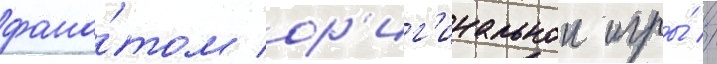
фана́том ор'иг'инальнои игры́ //